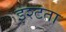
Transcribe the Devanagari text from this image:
इश्टता